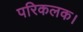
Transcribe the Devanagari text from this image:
परिकलक।